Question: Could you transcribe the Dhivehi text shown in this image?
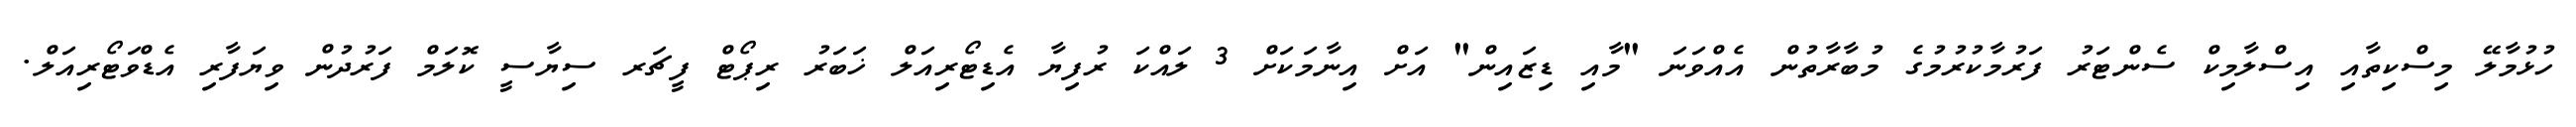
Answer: ހުޅުމާލޭ މިސްކިތާއި އިސްލާމިކް ސެންޓަރު ފަރުމާކުރުމުގެ މުބާރާތުން އެއްވަނަ "މާއި ޑިޒައިން" އަށް އިނާމަކަށް 3 ލައްކަ ރުފިޔާ އެޑިޓޯރިއަލް ޚަބަރު ރިޕޯޓް ފީޗަރ ސިޔާސީ ކޮލަމް ފަރުދުން ވިޔަފާރި އެޑްވަޓޯރިއަލް.